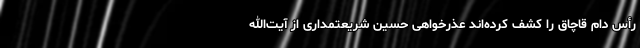
رأس دام قاچاق را کشف کرده‌اند عذرخواهی حسین شریعتمداری از آیت‌الله